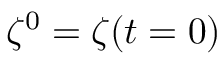
\zeta ^ { 0 } = \zeta ( t = 0 )